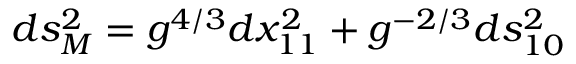
d s _ { M } ^ { 2 } = g ^ { 4 / 3 } d x _ { 1 1 } ^ { 2 } + g ^ { - 2 / 3 } d s _ { 1 0 } ^ { 2 }